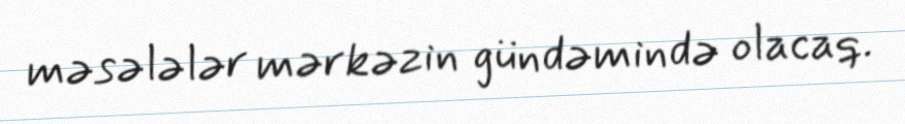
məsələlər mərkəzin gündəmində olacaq.